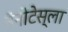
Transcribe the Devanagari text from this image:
नॅनोटेस्ला